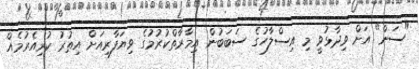
"ސަން" އަށް ވިދާޅުވީ މި އިސްލާހުގެ ސަބަބުން އިމާރާތްކުރުމުގެ ވިޔަފާރިއަށް އިތުރު ކުރިއެރުމެއް